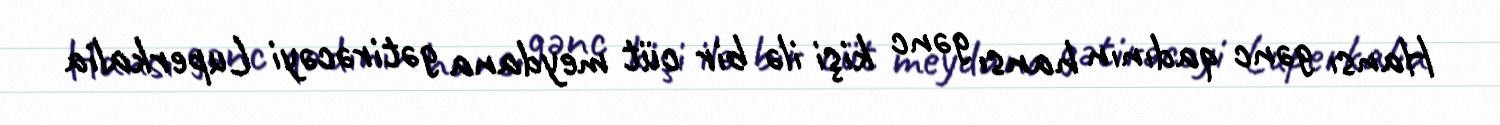
Hansı gənc qadının hansı gənc kişi ilə bir cüt meydana gətirəcəyi Luperkalia